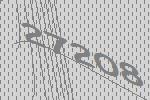
27208